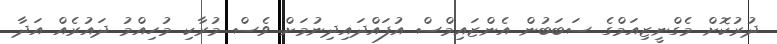
ދުރުކޮށް މެގްނީޒިއަމްގެ ސަބަބުން އެންޒައިމްސް އުފައްދައިދިނުމަށް ވެސް މުރާކި މުހިއްމު ދައުރެއް އަދާ